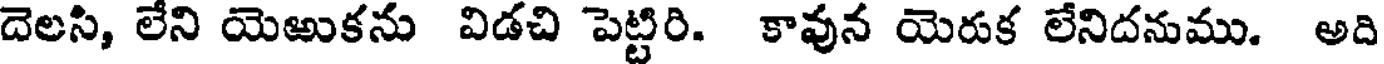
దెలసి, లేని యెఱుకను విడచి పెట్టిరి. కావున యెరుక లేనిదనుము. అది